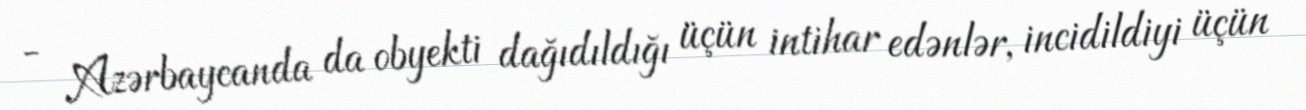
- Azərbaycanda da obyekti dağıdıldığı üçün intihar edənlər, incidildiyi üçün